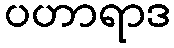
ပဟာရာဒ